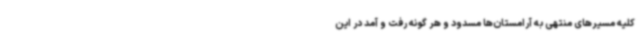
کلیه مسیرهای منتهی به آرامستان‌ها مسدود و هر گونه رفت و آمد در این